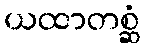
ယထာတစ္ဆံ